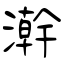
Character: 澣